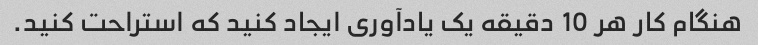
هنگام کار هر 10 دقیقه یک یادآوری ایجاد کنید که استراحت کنید.